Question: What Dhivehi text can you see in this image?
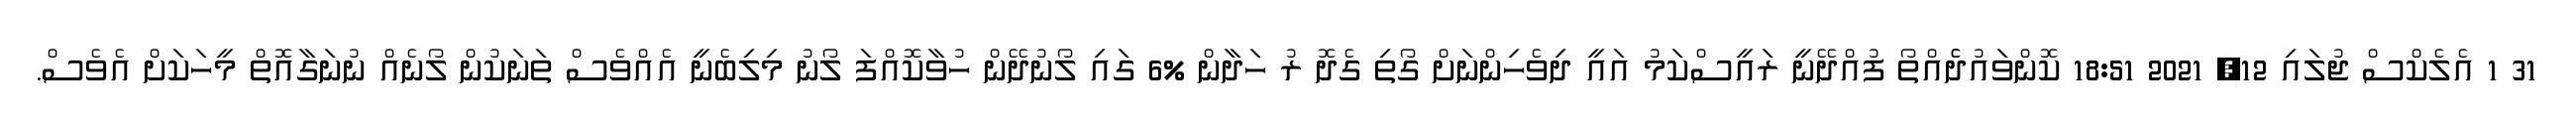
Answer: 31 1 އެލެކްސް ޖުލައި 12, 2021 18:51 ކޮންވައުދެެއްތޯ ފުއްދޭނީ ރައީސްކަމު އައީ ދިވެހިންނަށް ގޯތި ގެދޮ ރު ހަދާން %6 ގައި ލޯނުދޭން ހުވާކޮއްފަ ލޯނު މިލިބެނީ އެއްވެސް ތަނަކުން ލޯނެއް ނުނަގާއޮތް މީހަކަށް އެވެސް.